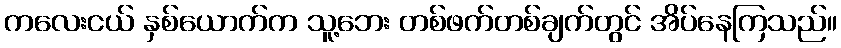
ကလေးငယ် နှစ်ယောက်က သူ့ဘေး တစ်ဖက်တစ်ချက်တွင် အိပ်နေကြသည်။